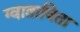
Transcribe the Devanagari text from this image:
ग्वाताविता